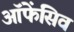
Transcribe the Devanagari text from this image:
ऑफेंसिव